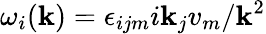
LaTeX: \omega_{i}(\mathbf{k})=\epsilon_{ijm}i\mathbf{k}_{j}v_{m}/\mathbf{k}^{2}